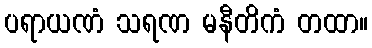
ပရာယဏံ သရဏ မနီတိကံ တထာ။